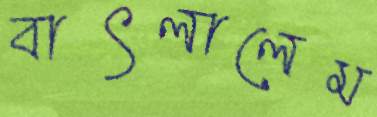
বাৎলালেম